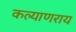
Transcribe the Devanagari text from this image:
कल्याणराय